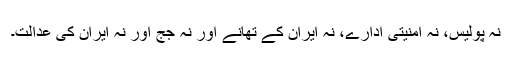
نہ پولیس، نہ امنیتی ادارے، نہ ایران کے تھانے اور نہ جج اور نہ ایران کی عدالت۔